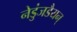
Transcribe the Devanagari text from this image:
नेडुंजडैयन्